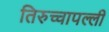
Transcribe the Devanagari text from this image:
तिरुच्चापल्ली